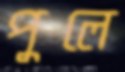
পুলে